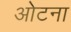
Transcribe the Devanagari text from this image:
ओटना